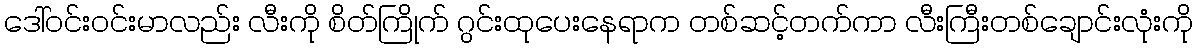
ဒေါ်ဝင်းဝင်းမာလည်း လီးကို စိတ်ကြိုက် ဂွင်းထုပေးနေရာက တစ်ဆင့်တက်ကာ လီးကြီးတစ်ချောင်းလုံးကို